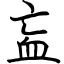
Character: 衁